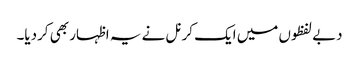
دبے لفظوں میں ایک کرنل نے یہ اظہار بھی کردیا۔